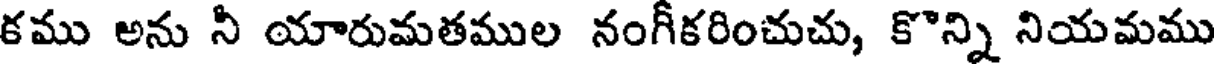
కము అను నీ యారుమతముల నంగీకరించుచు, కొన్ని నియమము